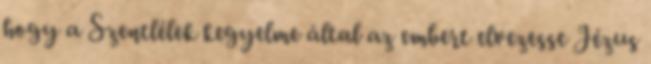
hogy a Szentlélek kegyelme által az embert elvezesse Jézus